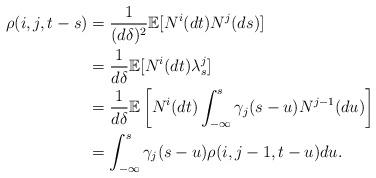
LaTeX: \begin{align*}\rho(i,j,t-s)&=\frac{1}{(d\delta)^{2}}\mathbb{E}[N^{i}(dt)N^{j}(ds)]\\&=\frac{1}{d\delta}\mathbb{E}[N^{i}(dt)\lambda^{j}_{s}]\\&=\frac{1}{d\delta}\mathbb{E}\left[N^{i}(dt)\int_{-\infty}^{s}\gamma_{j}(s-u)N^{j-1}(du)\right]\\&=\int_{-\infty}^{s}\gamma_{j}(s-u)\rho(i,j-1,t-u)du.\end{align*}